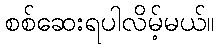
စစ်ဆေးရပါလိမ့်မယ်။